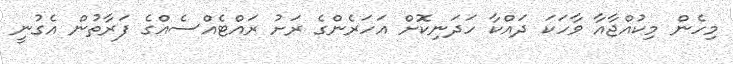
މިހެން މިކުއްޖާއާ ވާހަކަ ދައްކާ ހަދަނިކޮށް އަހަރެންގެ ރަށު ރައްޓެއްސެއްގެ ފަރާތުން އެގުނީ